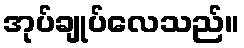
အုပ်ချုပ်လေသည်။